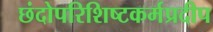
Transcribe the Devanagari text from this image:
छंदोपरिशिष्टकर्मप्रदीप